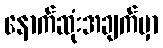
နောက်ဆုံးအချက်မှာ